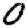
Digit: 0